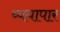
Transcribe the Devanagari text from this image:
व्ययापार